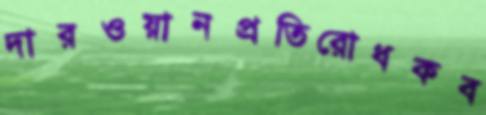
দারওয়ানপ্রতিরোধকব